Tezpur Lunatic Asylum reports 1895-1904 - 1895-1904
Year: 1895
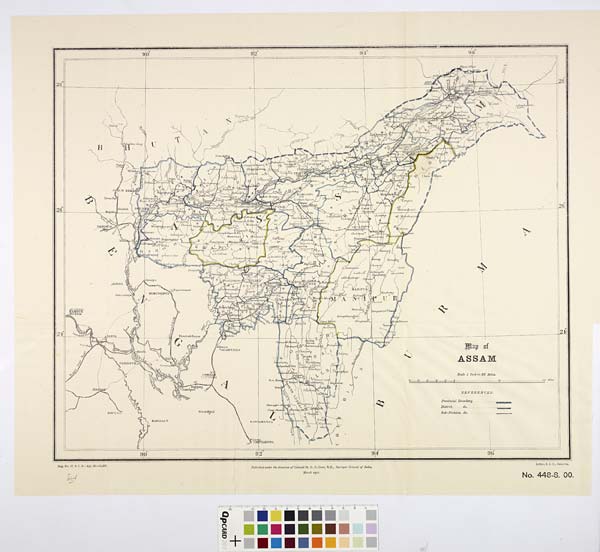
Keg. No. 17, S. I. D.—Apl. 00.-11,200.
J^i
Published under the direction of Oolonel St. G. C. Gore, R.E., Surveyor General of India,
March igoo.
Libho., S. I. O., OaLcutta.
No. 448-S. 00.
111111111111111111111111111111111111111111111111111111111111| 11111111111111111U1111111 > 11111111M11111111111111111111M111111111111111111111
OEl
OH
001
06
.08
01
09
09
0t>
0E
0Z
01
I
2 +